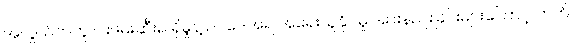
အလွယ်တကူ ငါးဖမ်းဆီးရ ရှိမှုနဲ့ ဥပဒေအရ အရေးယူနိုင်မှု အားနည်းခြင်းများကြောင့် ဘက်